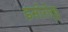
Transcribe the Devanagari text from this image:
इसोरोकू